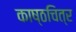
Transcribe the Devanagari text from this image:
काष्ठचित्र